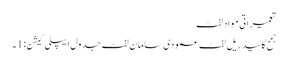
تعمیراتی مواد لفٹ
جمح گائیڈ ریل لفٹ عمودی سامان لفٹ جدول ایپلی کیشن: 1 ۔